Tezpur Lunatic Asylum reports 1877-1894 - 1877-1894
Year: 1877
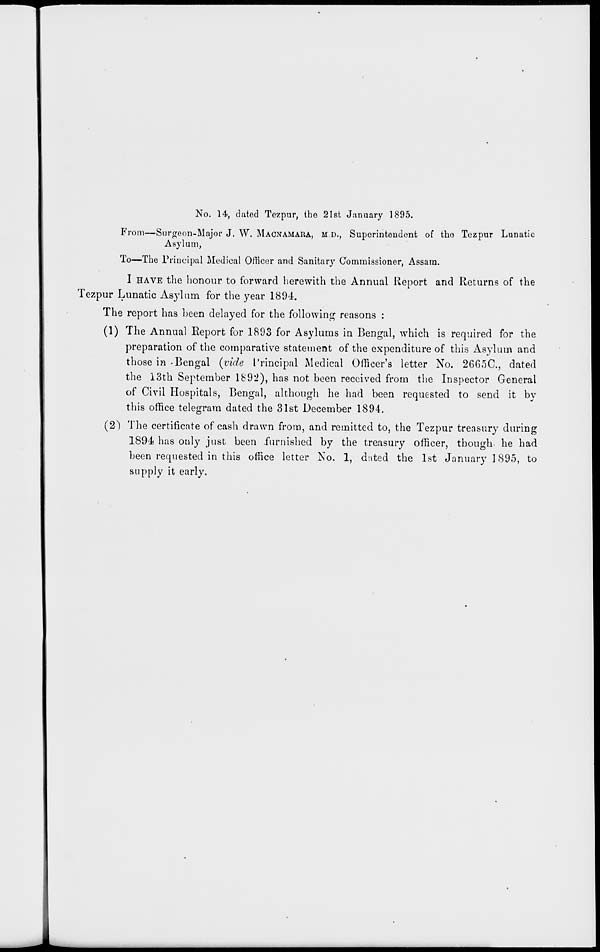
No. 14, dated Tezpur, the 21st January 1895.
From—Surgeon-Major J. W. MACNAMAKA, M D., Superintendent of the Tezpur Lunatic
Asylum,
To—The Principal Medical Officer and Sanitary Commissioner, Assam.
I HAVE the honour to forward herewith the Annual Report and Returns of the
Tezpur Lunatic Asylum for the year 1894.
The report has been delayed for the following reasons :
(1) The Annual Eeport for 1893 for Asylums in Bengal, which is required for the
preparation of the comparative statement of the expenditure of this Asylum and
those in -Bengal (vide Principal Medical Officer's letter No. 2665C, dated
the 13th September 1892), has not been received from the Inspector General
of Civil Hospitals, Bengal, although he had been requested to send it by
this office telegram dated the 31st December 1894.
(2) The certificate of cash drawn from, and remitted to, the Tezpur treasury during
1894 has only just been furnished by the treasury officer, though he had
been requested in this office letter No. 1, dated the 1st January 1895, to
supply it early.